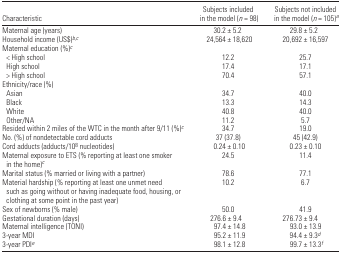
| Characteristic | Subjects included in the model (n = 98) | Subjects not included in the model (n = 105)a |
 | --- | --- | --- |
 | Maternal age (years) | 30.2 ± 5.2 | 29.8 ± 5.2 |
 | Household income (US$)b,c | 24,564 ± 18,620 | 20,692 ± 16,597 |
 | <COLSPAN=3> Maternal education (%)c |
 | < High school | 12.2 | 25.7 |
 | High school | 17.4 | 17.1 |
 | > High school | 70.4 | 57.1 |
 | <COLSPAN=3> Ethnicity/race (%) |
 | Asian | 34.7 | 40.0 |
 | Black | 13.3 | 14.3 |
 | White | 40.8 | 40.0 |
 | Other/NA | 11.2 | 5.7 |
 | Resided within 2 miles of the WTC in the month after 9/11 (%)c | 34.7 | 19.0 |
 | No. (%) of nondetectable cord adducts | 37 (37.8) | 45 (42.9) |
 | Cord adducts (adducts/108 nucleotides) | 0.24 ± 0.10 | 0.23 ± 0.10 |
 | Maternal exposure to ETS (% reporting at least one smoker in the home)c | 24.5 | 11.4 |
 | Marital status (% married or living with a partner) | 78.6 | 77.1 |
 | Material hardship (% reporting at least one unmet need such as going without or having inadequate food, housing, or clothing at some point in the past year) | 10.2 | 6.7 |
 | Sex of newborns (% male) | 50.0 | 41.9 |
 | Gestational duration (days) | 276.6 ± 9.4 | 276.73 ± 9.4 |
 | Maternal intelligence (TONI) | 97.4 ± 14.8 | 93.0 ± 13.9 |
 | 3-year MDI | 95.2 ± 11.9 | 94.4 ± 9.3d |
 | 3-year PDIe | 98.1 ± 12.8 | 99.7 ± 13.3f |